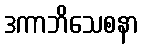
ဒကာဘိသေစနာ